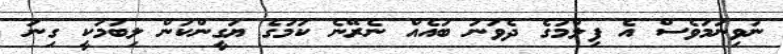
ނުވިނަމަވެސް އެ ފިލްމުގެ ދެވަނަ ބައެއް ނެރޭނެ ކަމުގެ ޔަގީންކަން ލިބުމަކީ ގިނަ